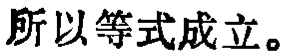
所以等式成立。